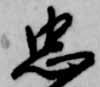
忠